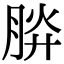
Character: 𣍹